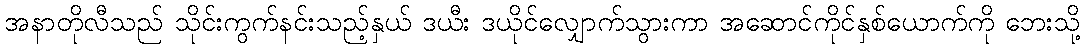
အနာတိုလီသည် သိုင်းကွက်နင်းသည့်နှယ် ဒယီး ဒယိုင်လျှောက်သွားကာ အဆောင်ကိုင်နှစ်ယောက်ကို ဘေးသို့